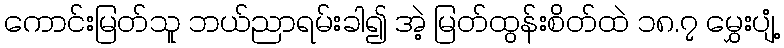
ကောင်းမြတ်သူ ဘယ်ညာရမ်းခါ၍ အဲ့ မြတ်ထွန်းစိတ်ထဲ ၁၈.၇ မွှေးပျံ့